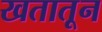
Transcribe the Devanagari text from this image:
खतातून